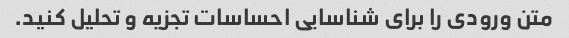
متن ورودی را برای شناسایی احساسات تجزیه و تحلیل کنید.